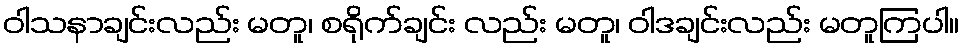
ဝါသနာချင်းလည်း မတူ၊ စရိုက်ချင်း လည်း မတူ၊ ဝါဒချင်းလည်း မတူကြပါ။